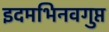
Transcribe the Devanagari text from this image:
इदमभिनवगुप्त